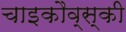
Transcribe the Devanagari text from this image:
चाइकौव्स्की